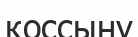
қоссыну